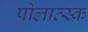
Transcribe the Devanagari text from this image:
पोलात्स्क